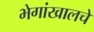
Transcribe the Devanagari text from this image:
भेगांखालचे